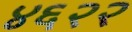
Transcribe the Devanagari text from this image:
४६२२